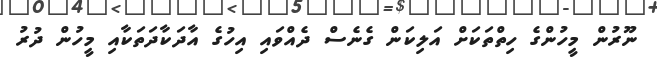
ނޫރުން މީހުންގެ ހިތްތަކަށް އަލިކަން ގެނެސް ދެއްވައި އިހުގެ އާދަކާދަތަކާއި މީހުން ދުރު